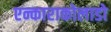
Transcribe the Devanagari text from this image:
एन्काराकोलाडो